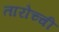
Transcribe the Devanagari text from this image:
तारोच्ची